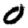
Digit: 0